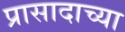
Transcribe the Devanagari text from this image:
प्रासादाच्या